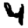
Digit: 4